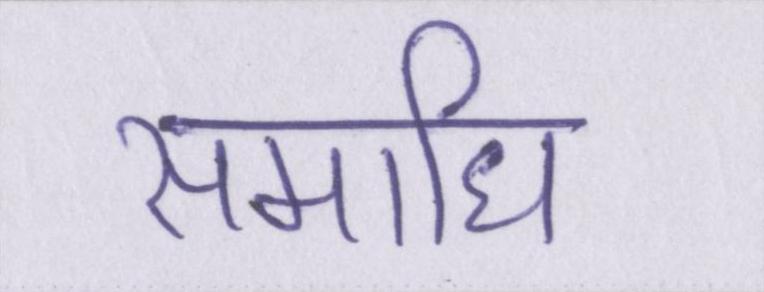
समाधि